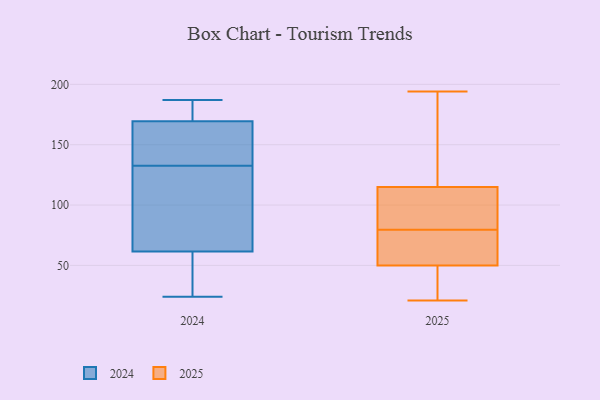
{"axis": {"x": "Latency (ms)", "y": "Value"}, "legend": ["2024", "2025"], "data": [{"x": "", "y": 165, "type": "2025"}, {"x": "", "y": 83, "type": "2025"}, {"x": "", "y": 25, "type": "2025"}, {"x": "", "y": 86, "type": "2025"}, {"x": "", "y": 194, "type": "2025"}, {"x": "", "y": 126, "type": "2025"}, {"x": "", "y": 68, "type": "2025"}, {"x": "", "y": 50, "type": "2025"}, {"x": "", "y": 43, "type": "2025"}, {"x": "", "y": 76, "type": "2025"}, {"x": "", "y": 159, "type": "2025"}, {"x": "", "y": 21, "type": "2025"}, {"x": "", "y": 31, "type": "2025"}, {"x": "", "y": 103, "type": "2025"}, {"x": "", "y": 84, "type": "2025"}, {"x": "", "y": 57, "type": "2025"}, {"x": "", "y": 115, "type": "2025"}, {"x": "", "y": 71, "type": "2025"}, {"x": "", "y": 167, "type": "2024"}, {"x": "", "y": 31, "type": "2024"}, {"x": "", "y": 24, "type": "2024"}, {"x": "", "y": 131, "type": "2024"}, {"x": "", "y": 172, "type": "2024"}, {"x": "", "y": 181, "type": "2024"}, {"x": "", "y": 117, "type": "2024"}, {"x": "", "y": 142, "type": "2024"}, {"x": "", "y": 92, "type": "2024"}, {"x": "", "y": 25, "type": "2024"}, {"x": "", "y": 134, "type": "2024"}, {"x": "", "y": 187, "type": "2024"}]}